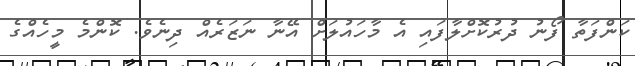
ކަންފަތާ ފޯނު ދުރުކޮށްލާފައި އެ މާހައުލަށް އޭނާ ނަޒަރެއް ދިނެވެ. ކޮންމެ މީހެއްގެ